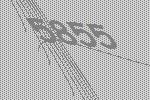
5855